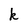
Character: k